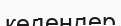
кедендер